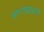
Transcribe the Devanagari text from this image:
मोरपंखधारी